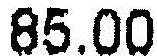
85.00